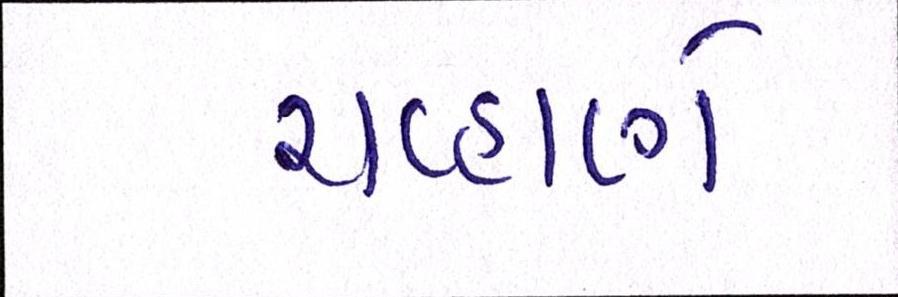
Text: ચવ્હાણે